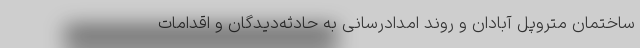
ساختمان متروپل آبادان و روند امدادرسانی به حادثه‌دیدگان و اقدامات